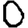
Digit: 0